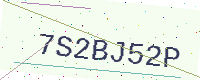
Text: 7S2BJ52P